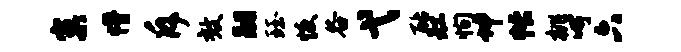
窠懵斥效嗣珏恢谷弋酪缸恂坤帐桃呵六